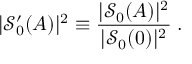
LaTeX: | { \mathcal S } _ { 0 } ^ { \prime } ( A ) | ^ { 2 } \equiv \frac { | { \mathcal S } _ { 0 } ( A ) | ^ { 2 } } { | { \mathcal S } _ { 0 } ( 0 ) | ^ { 2 } } \; .